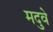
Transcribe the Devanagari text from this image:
मदुवे